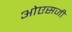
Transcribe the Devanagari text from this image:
ओएसजी